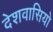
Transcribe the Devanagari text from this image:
देशवासियो